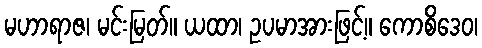
မဟာရာဇ၊ မင်းမြတ်။ ယထာ၊ ဥပမာအားဖြင့်။ ကောစိဒေဝ၊